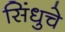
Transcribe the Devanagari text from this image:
सिंधुचे